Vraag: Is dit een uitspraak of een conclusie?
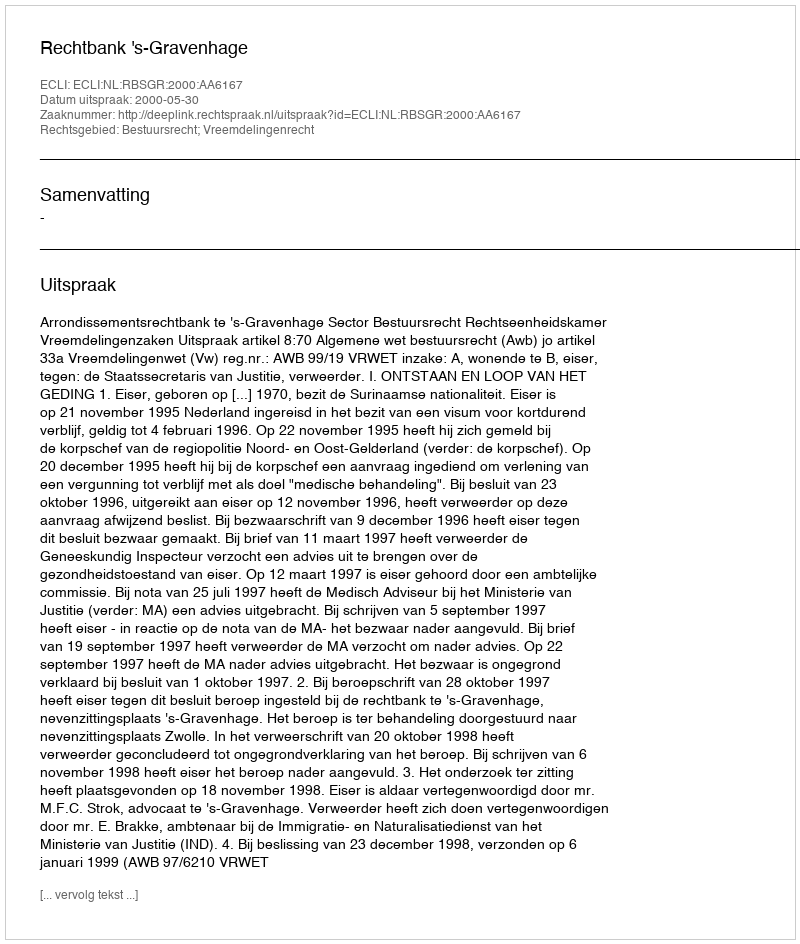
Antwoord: Uitspraak